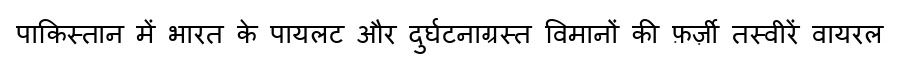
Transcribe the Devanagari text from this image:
पाकिस्तान में भारत के पायलट और दुर्घटनाग्रस्त विमानों की फ़र्ज़ी तस्वीरें वायरल